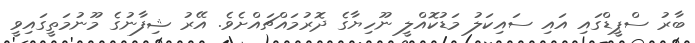
ބާރު ސްޕީޑްގައި އައި ސައިކަލު މަޑުކޮއްލީ ނޫހިޔާގެ ދޮރުމައްޗައްށެވެ. އޭރު ޝިފާނުގެ މޫނުމަތީގައިވީ